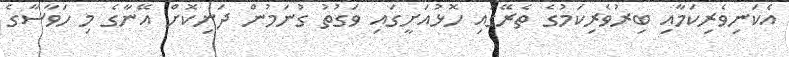
އެކަނިވެރިކަމާއި ބިރުވެރިކަމުގެ ތެރޭގައި ހޮޅުއަށީގައި ވަގުތު ގުނަމުން ދަނިކޮށް އޭނާގެ މި ހަވާސާގެ